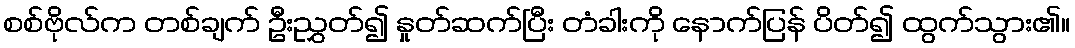
စစ်ဗိုလ်က တစ်ချက် ဦးညွှတ်၍ နှုတ်ဆက်ပြီး တံခါးကို နောက်ပြန် ပိတ်၍ ထွက်သွား၏။